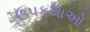
ઉપકથાઓ